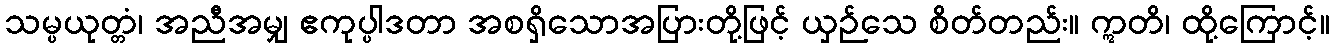
သမ္ပယုတ္တံ၊ အညီအမျှ ဧကုပ္ပါဒတာ အစရှိသောအပြားတို့ဖြင့် ယှဉ်သေ စိတ်တည်း။ ဣတိ၊ ထို့ကြောင့်။